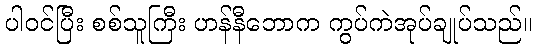
ပါဝင်ပြီး စစ်သူကြီး ဟန်နီဘောက ကွပ်ကဲအုပ်ချုပ်သည်။